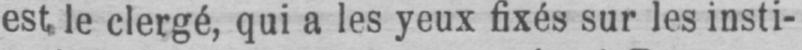
est le clergé, qui a les yeux fixés sur les insti-